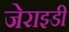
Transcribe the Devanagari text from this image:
जेराइडी